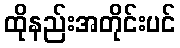
ထိုနည်းအတိုင်းပင်